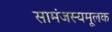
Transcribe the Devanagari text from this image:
सामंजस्यमूलक